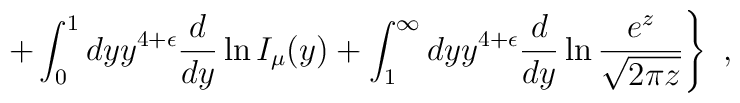
\left. + \int_0^1 dy y^{4+\epsilon} 	{d\over dy} \ln I_\mu (y) 	+ \int_1^\infty dy y^{4+\epsilon} 	{d\over dy} \ln {e^{z} \over \sqrt{2 \pi z}}\right\}~,